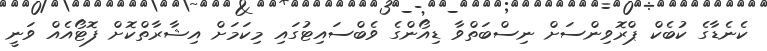
ކެނެޑާގެ ކުބެކް ޕްރޮވިންސަށް ނިސްބަތްވާ ޑިއޯންގެ ވެބްސައިޓުގައި މިކަމަށް އިޝާރާތްކޮށް ފޮޓޯއެއް ވަނީ